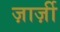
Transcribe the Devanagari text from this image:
ज़ार्ज़ी